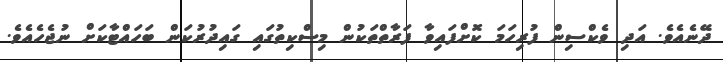
ދޭނެއެވެ. އަދި ވެކްސިން ފުރިހަމަ ކޮށްފައިވާ ފަރާތްތަކުން މިސްކިތުގައި ގައިދުރުކަން ބަހައްޓާކަށް ނުޖެހެއެވެ.